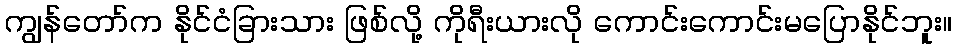
ကျွန်တော်က နိုင်ငံခြားသား ဖြစ်လို့ ကိုရီးယားလို ကောင်းကောင်းမပြောနိုင်ဘူး။